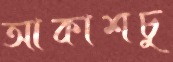
আকাশচু